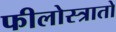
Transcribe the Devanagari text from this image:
फीलोस्त्रातो